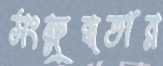
সংক্ষুব্ধতার